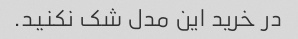
در خرید این مدل شک نکنید.